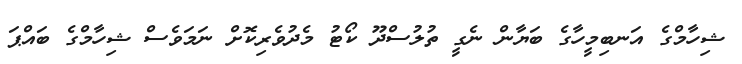
ޝިހާމްގެ އަނބިމީހާގެ ބަޔާން ނެގީ ތުލުސްދޫ ކޯޓު މެދުވެރިކޮށް ނަމަވެސް ޝިހާމްގެ ބައްޕަ